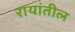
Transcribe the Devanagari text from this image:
रायांतील